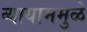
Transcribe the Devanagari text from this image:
व्यायाममुळे